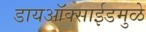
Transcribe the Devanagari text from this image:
डायऑक्साईडमुळे